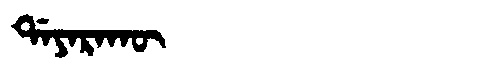
Manchu: ᡩᠠᠶᠠᡵᠠᡴᡡ
Romanization: DAYARAKŪ